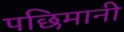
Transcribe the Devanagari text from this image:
पछिमानी